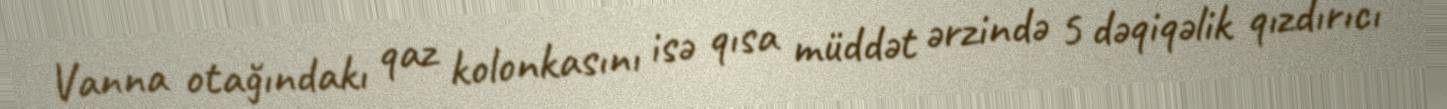
Vanna otağındakı qaz kolonkasını isə qısa müddət ərzində 5 dəqiqəlik qızdırıcı